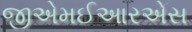
જીએમઈઆરએસ